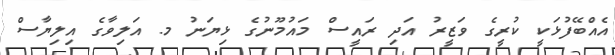
އެއްބޭފުޅަކީ ކުރީގެ ވަޒީރު އަދި ރައީސް މައުމޫނުގެ ޅިޔަނު މ. އަލިވާގެ އިލިޔާސް